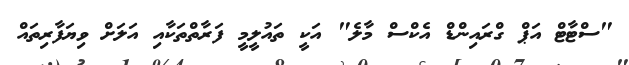
"ސްޓާޓް އަޕް ގްރައިންޑް އެކްސް މާލެ" އަކީ ތައުލީމީ ފަރާތްތަކާއި އަލަށް ވިޔަފާރިތައް